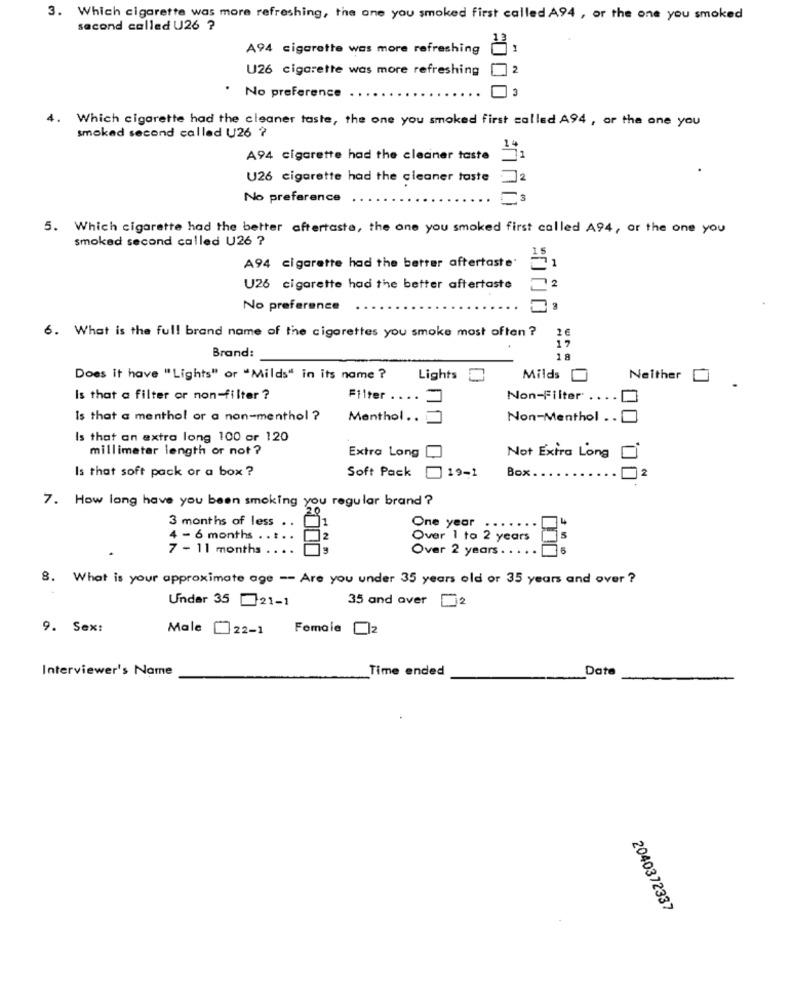
3. Which cigarette was more refreshing, the ane you smoked first called A94 , or the one you smoked
second called U26 ?
A94 cigarette was more refreshing
U26 cigarette was more refreshing
. No preference
4. Which cigarette had the cleaner taste, the one you smoked first called A94 , or the one you
smoked second called U26 ?
A94 cigarette had the cleaner taste
.
U26 cigarette had the cleaner taste
No preference
5. Which cigarette had the better aftertaste, the one you smoked first called A94, or the one you
smoked second called U26 ?
15
A94 cigarette had the better aftertaste.
U26 cigarette had the better aftertaste
12
No preference
2 6
6. What is the full brand name of the cigarettes you smoke most often ?
17
Brand:
18
Does It have "Lights" or "Milds" in its name ?
Lights
Milds_
Neither
Is that a filter or non-filter ?
Filter .
Non-Filter
Is that a menthol or a non-menthol ?
Menthol ..
Non-Menthol . . [
Is that an extra long 100 or 120
millimeter length or not ?
Extra Long
Not Extra Long
Is that soft pack or a box ?
Soft Pack
19-1
Box.
2
7. How long have you been smoking you regular brand ?
3 months of less . .
One year
4 - 6 months . .
Over 1 to 2 years
7 - 11 months .
Over 2 years . .
8. What is your approximate age -- Are you under 35 years old or 35 years and over ?
Under 35 21-1
35 and over 2
9. Sex:
Male
22-1 Female []z
Interviewer's Name
Time ended
Date
2040372337